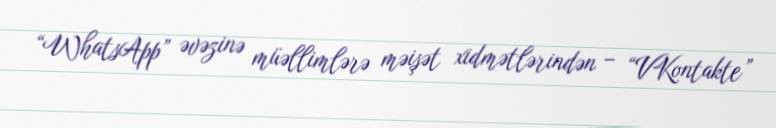
“WhatsApp” əvəzinə müəllimlərə məişət xidmətlərindən – “VKontakte”